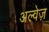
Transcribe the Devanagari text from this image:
अल्वेज़